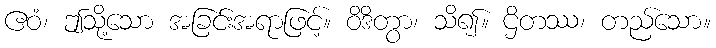
ဧဝံ၊ ဤသို့သော အခြင်းအရာဖြင့်။ ဝိဒိတွာ၊ သိ၍။ ဌိတဿ၊ တည်သော။